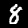
Digit: 8